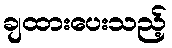
ချထားပေးသည့်